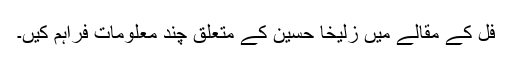
فِل کے مقالے میں زُلیخا حُسین کے متعلق چند معلومات فراہم کیں۔